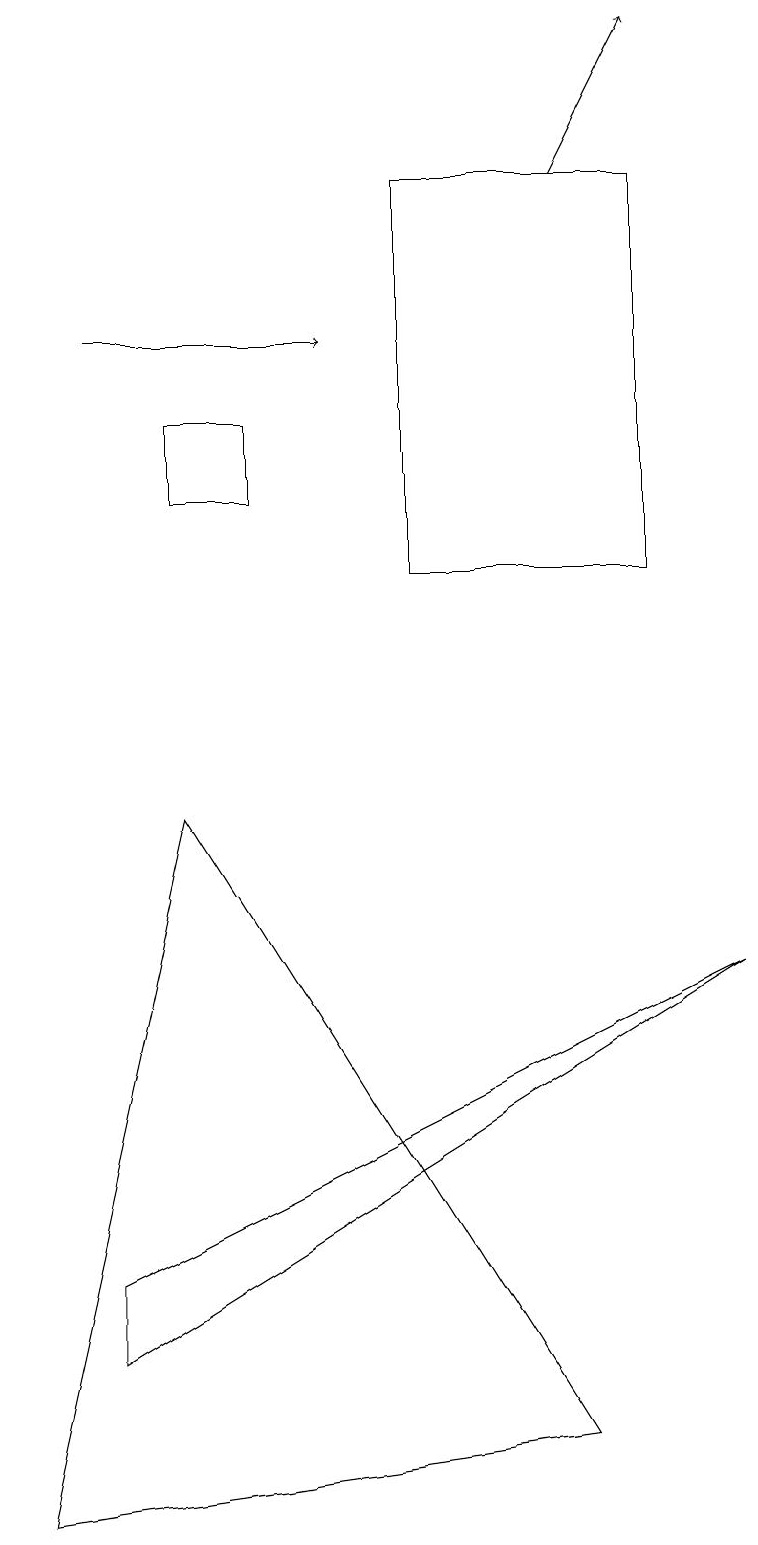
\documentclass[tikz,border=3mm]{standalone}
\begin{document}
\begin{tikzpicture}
\draw (2,9) -- (7,1) -- (0,0) -- cycle;
\draw (5,12) rectangle (8,17);
\draw (9,7) -- (1,3) -- (1,2) -- cycle;
\draw[->] (7,17) -- (8,19);
\draw[->] (1,15) -- (4,15);
\draw (3,14) rectangle (2,13);
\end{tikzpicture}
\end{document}